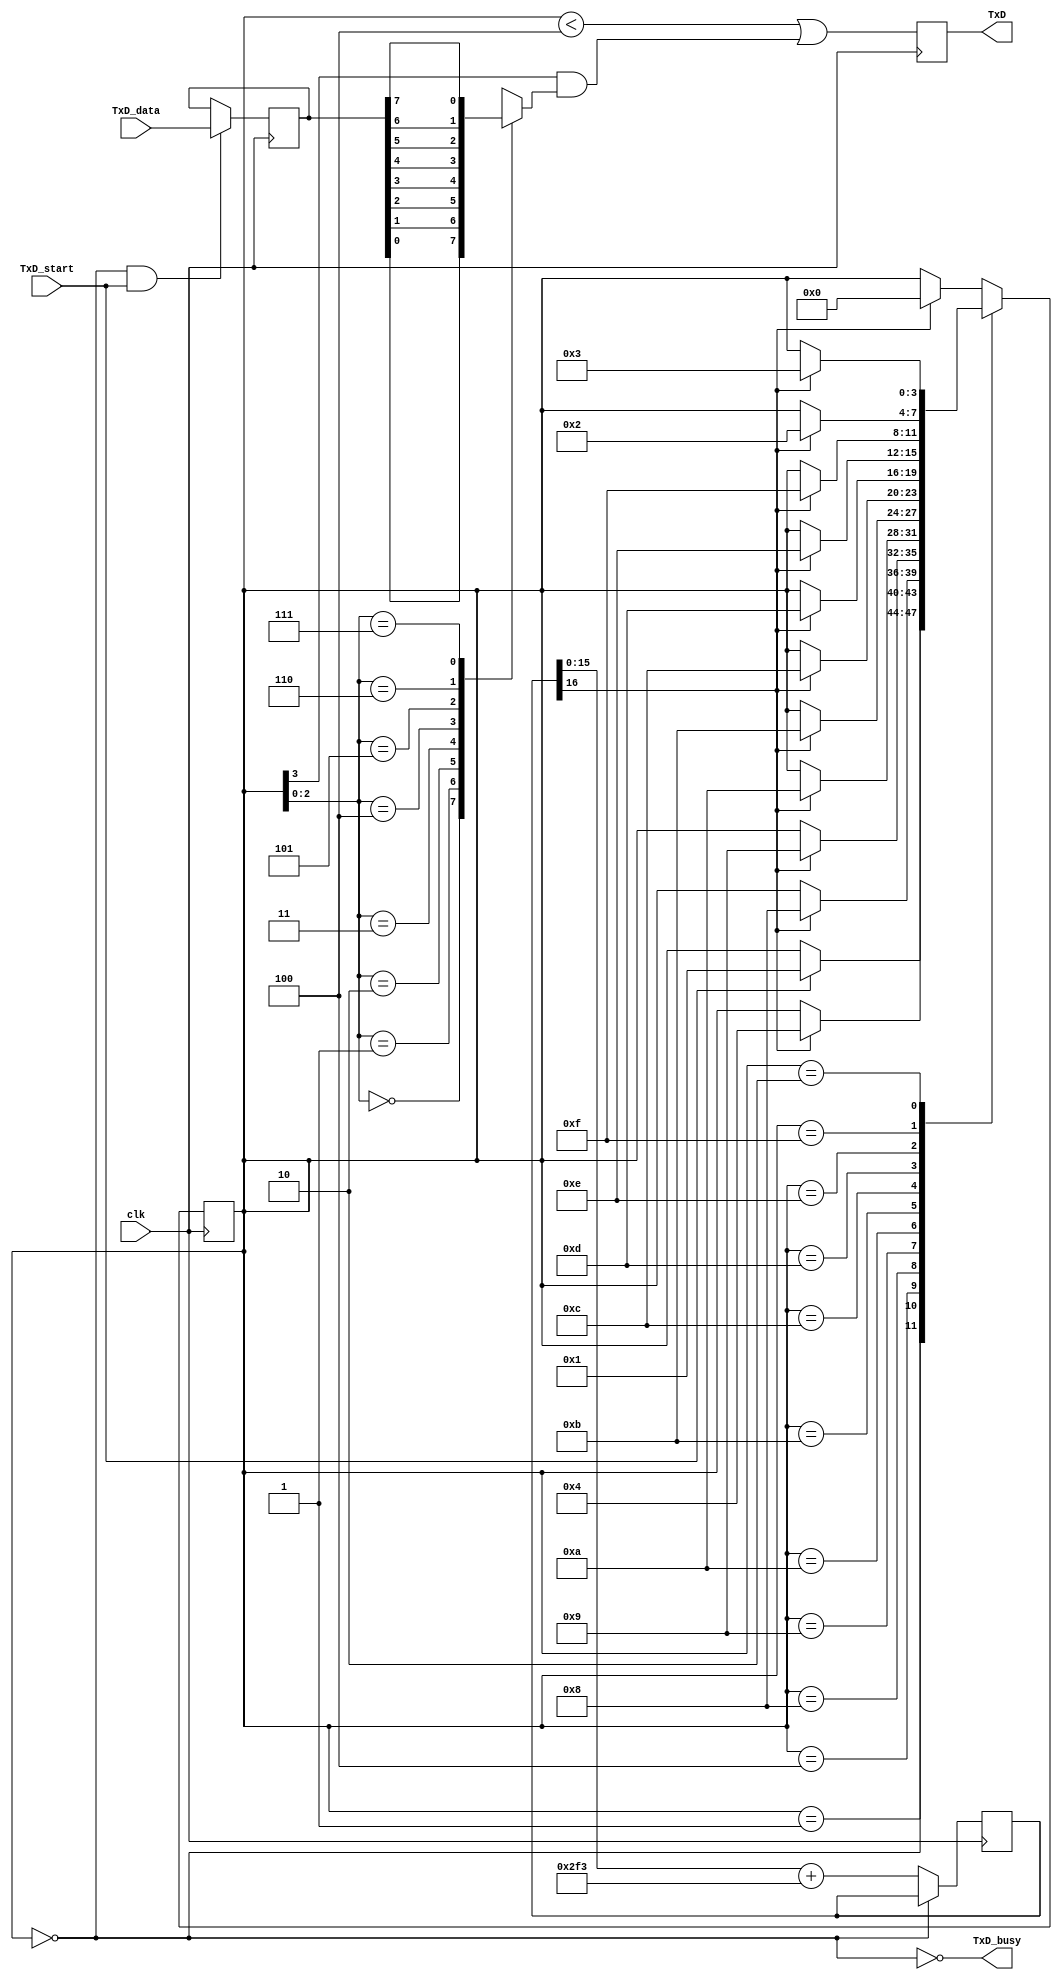
// RS-232 (UART) transmitter to send diagnostic and monitoring data back to the PC
// RS-232 TX module
// (c) fpga4fun.com KNJN LLC - 2003, 2004, 2005, 2006

//`define DEBUG   // in DEBUG mode, we output one bit per clock cycle (useful for faster simulations)

module async_transmitter(clk, TxD_start, TxD_data, TxD, TxD_busy);
input clk, TxD_start;
input [7:0] TxD_data;
output TxD, TxD_busy;

parameter ClkFrequency = 10000000;	
parameter Baud = 115200;
parameter RegisterInputData = 1;	// in RegisterInputData mode, the input doesn't have to stay valid while the character is been transmitted

// Baud generator
parameter BaudGeneratorAccWidth = 16;
reg [BaudGeneratorAccWidth:0] BaudGeneratorAcc;
`ifdef DEBUG
wire [BaudGeneratorAccWidth:0] BaudGeneratorInc = 17'h10000;
`else
wire [BaudGeneratorAccWidth:0] BaudGeneratorInc = ((Baud<<(BaudGeneratorAccWidth-4))+(ClkFrequency>>5))/(ClkFrequency>>4);
`endif

wire BaudTick = BaudGeneratorAcc[BaudGeneratorAccWidth];
wire TxD_busy;
always @(posedge clk) if(TxD_busy) BaudGeneratorAcc <= BaudGeneratorAcc[BaudGeneratorAccWidth-1:0] + BaudGeneratorInc;

// Transmitter state machine
reg [3:0] state;
wire TxD_ready = (state==0);
assign TxD_busy = ~TxD_ready;

reg [7:0] TxD_dataReg;
always @(posedge clk) if(TxD_ready & TxD_start) TxD_dataReg <= TxD_data;
wire [7:0] TxD_dataD = RegisterInputData ? TxD_dataReg : TxD_data;

always @(posedge clk)
case(state)
	4'b0000: if(TxD_start) state <= 4'b0001;
	4'b0001: if(BaudTick) state <= 4'b0100;
	4'b0100: if(BaudTick) state <= 4'b1000;  // start
	4'b1000: if(BaudTick) state <= 4'b1001;  // bit 0
	4'b1001: if(BaudTick) state <= 4'b1010;  // bit 1
	4'b1010: if(BaudTick) state <= 4'b1011;  // bit 2
	4'b1011: if(BaudTick) state <= 4'b1100;  // bit 3
	4'b1100: if(BaudTick) state <= 4'b1101;  // bit 4
	4'b1101: if(BaudTick) state <= 4'b1110;  // bit 5
	4'b1110: if(BaudTick) state <= 4'b1111;  // bit 6
	4'b1111: if(BaudTick) state <= 4'b0010;  // bit 7
	4'b0010: if(BaudTick) state <= 4'b0011;  // stop1
	4'b0011: if(BaudTick) state <= 4'b0000;  // stop2
	default: if(BaudTick) state <= 4'b0000;
endcase

// Output mux
reg muxbit;
always @( * )
case(state[2:0])
	3'd0: muxbit <= TxD_dataD[0];
	3'd1: muxbit <= TxD_dataD[1];
	3'd2: muxbit <= TxD_dataD[2];
	3'd3: muxbit <= TxD_dataD[3];
	3'd4: muxbit <= TxD_dataD[4];
	3'd5: muxbit <= TxD_dataD[5];
	3'd6: muxbit <= TxD_dataD[6];
	3'd7: muxbit <= TxD_dataD[7];
endcase

// Put together the start, data and stop bits
reg TxD;
always @(posedge clk) TxD <= (state<4) | (state[3] & muxbit);  // register the output to make it glitch free

endmodule